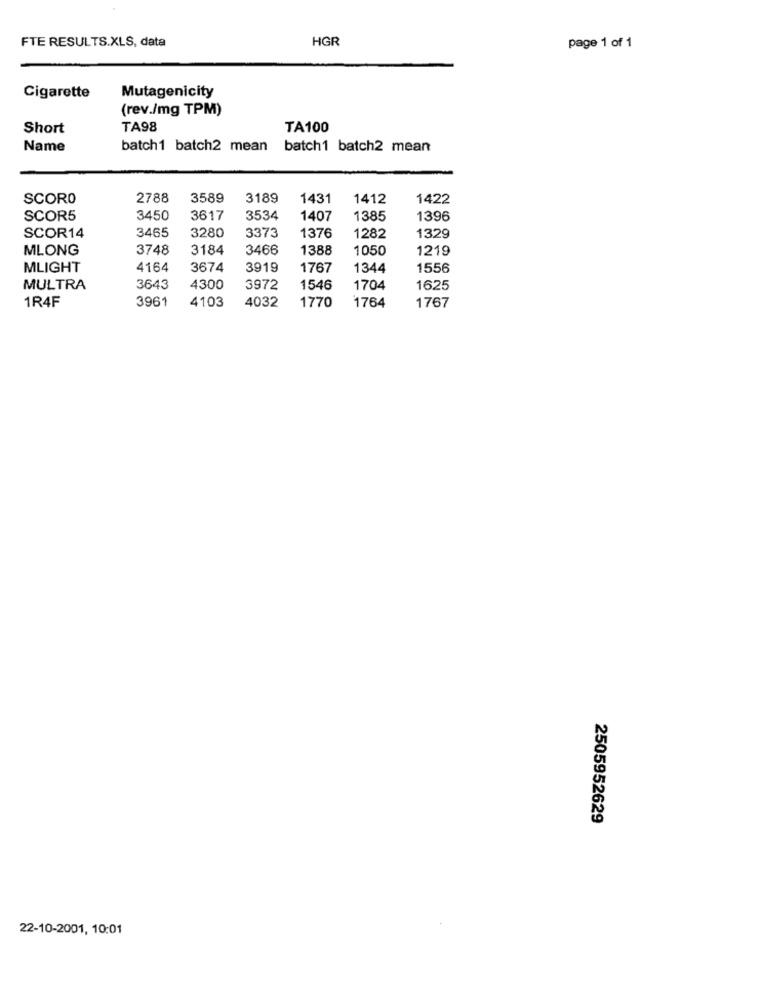
FTE RESULTS.XLS, data
HGR
page 1 of 1
Mutagenicity
Cigarette
(rev./mg TPM)
Short
TA98
TA100
Name
batch1 batch2 mean
batch1 batch2 mean
SCORO
2788
3589
3189
1431
1412
1422
SCOR5
3450
3617
3534
1407
1385
1396
3465
3280
3373
SCOR14
1376
1282
1329
MLONG
3748
3184
3466
1388
1050
1219
MLIGHT
4164
3674
3919
1767
1344
1556
MULTRA
3643
4300
3972
1546
1704
1625
1R4F
3961
4103
4032
1770
1764
1767
2505952629
22-10-2001, 10:01